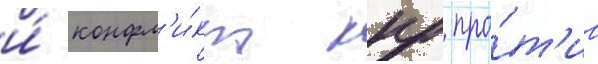
и́ конфл'и́кт кнр про́т'ив